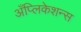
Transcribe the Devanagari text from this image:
अँप्लिकेशन्स